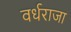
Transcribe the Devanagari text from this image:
वर्धराजा